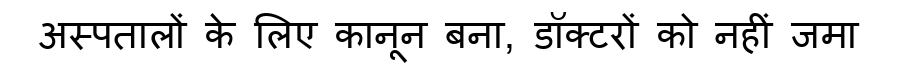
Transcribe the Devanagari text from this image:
अस्पतालों के लिए कानून बना, डॉक्टरों को नहीं जमा